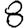
Digit: 8